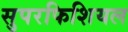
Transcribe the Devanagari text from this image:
सुपरफिशियल